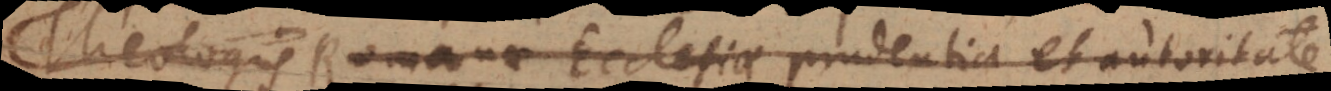
Theologis Romanae Ecclesiae prudentia et autoritate